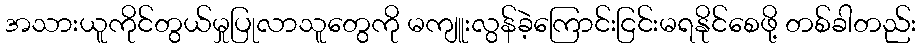
အသားယူကိုင်တွယ်မှုပြုလာသူတွေကို မကျူးလွန်ခဲ့ကြောင်းငြင်းမရနိုင်စေဖို့ တစ်ခါတည်း